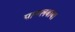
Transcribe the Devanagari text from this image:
पागलबाबा